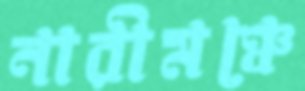
নারীমঞ্চে